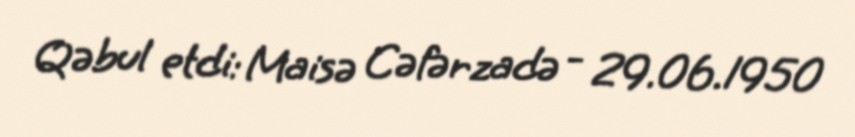
Qəbul etdi: Maisə Cəfərzadə - 29.06.1950